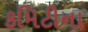
કમિટીના